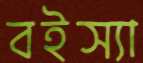
বইস্যা